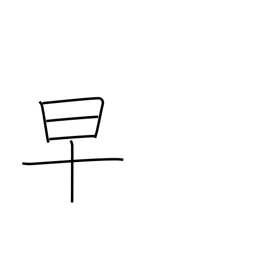
Meaning: early